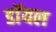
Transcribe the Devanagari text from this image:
डाॅयल